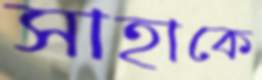
সাহাকে